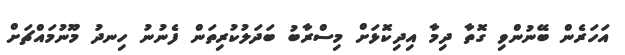
އަހަރެން ބޭނުންވި ގޮތާ ދިމާ އިދިކޮޅަށް މިސްރާބު ބަދަލުކުރިތަން ފެނުނު ހިނދު މޫނުމައްޗަށް